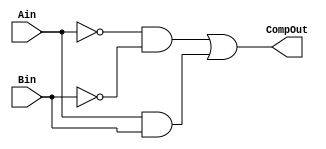
module comparator_1bit_struct
  (
   input                     Ain,
   input                     Bin,
   output                    CompOut 
  );
  assign CompOut = (~Ain & ~Bin) | (Ain & Bin);
endmodule